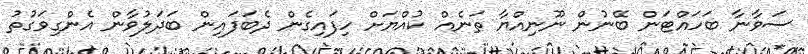
ސަވާނާ ބަހައްޓަން ބޭނުން ނޫނިއްޔާ ތަނެއް ކުއްޔަށް ހިފައިގެން ދެބަފައިން ބަދަލުވާން އެންގިވަގުތު